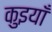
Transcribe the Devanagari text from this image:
कुइयाँ